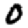
Digit: 0